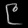
Digit: ၉